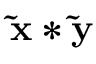
\mathbf { \widetilde { x } } * \mathbf { \widetilde { y } }